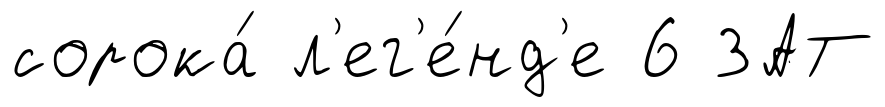
сорока́ л'ег'е́нд'е 6 ЗАТ